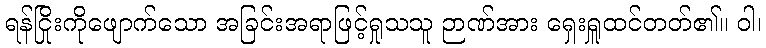
ရန်ငြိုးကိုဖျောက်သော အခြင်းအရာဖြင့်ရှုသသူ ဉာဏ်အား ရှေးရှူထင်တတ်၏။ ဝါ၊